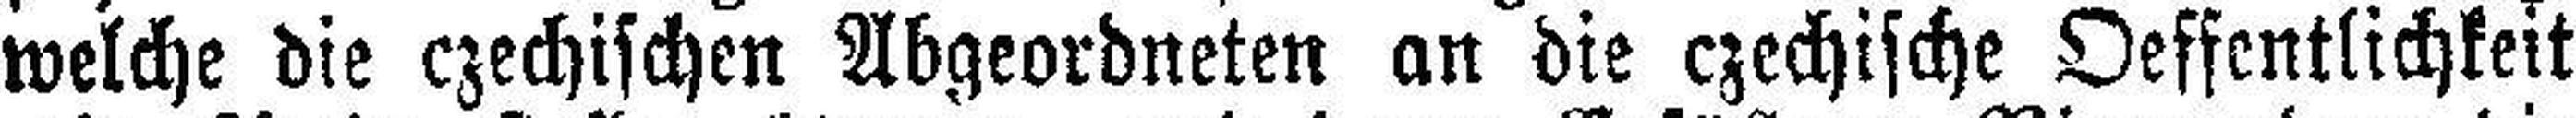
welche die czechischen Abgeordneten an die czechische Oeffentlichkeit